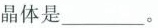
晶体是___。